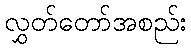
လွှတ်တော်အစည်း